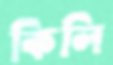
কিলি